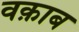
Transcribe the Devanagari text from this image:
वक़ाब